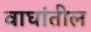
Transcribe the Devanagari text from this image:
वाघांतील